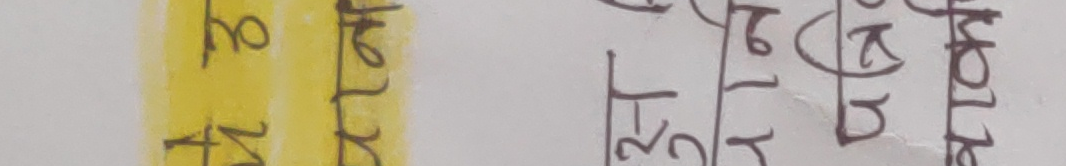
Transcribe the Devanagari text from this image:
३१ वैशाख २०७९